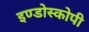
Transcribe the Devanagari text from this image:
इण्डोस्कोपी